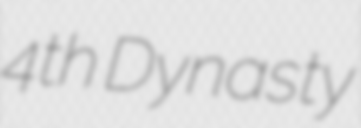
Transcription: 4th Dynasty